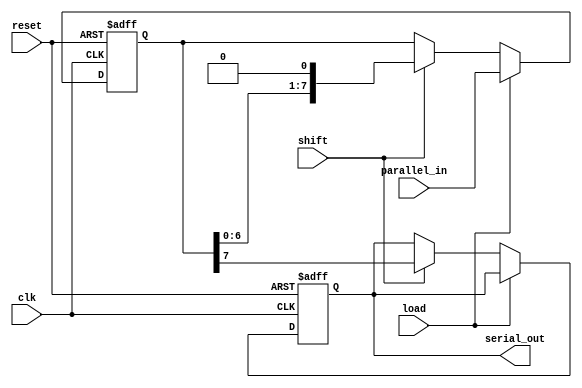
module PISO_Register #(
    parameter N = 8  // Configurable width of the register
)(
    input wire [N-1:0] parallel_in, // Parallel input data
    input wire load,                 // Load control signal
    input wire shift,                // Shift control signal
    input wire clk,                  // Clock signal
    input wire reset,                // Asynchronous reset signal
    output reg serial_out            // Serial output
);

    // Internal register to hold the data
    reg [N-1:0] shift_reg;

    // Asynchronous reset and loading data
    always @(posedge clk or posedge reset) begin
        if (reset) begin
            shift_reg <= {N{1'b0}}; // Clear the register
            serial_out <= 1'b0;     // Clear the serial output
        end else if (load) begin
            shift_reg <= parallel_in; // Load parallel input into the register
        end else if (shift) begin
            serial_out <= shift_reg[N-1]; // Output the MSB
            shift_reg <= {shift_reg[N-2:0], 1'b0}; // Shift right
        end
    end

endmodule